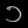
Digit: ၁